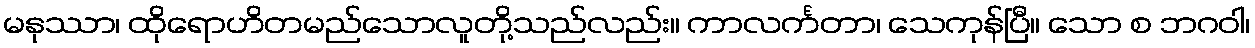
မနုဿာ၊ ထိုရောဟိတမည်သောလူတို့သည်လည်း။ ကာလင်္ကတာ၊ သေကုန်ပြီ။ သော စ ဘဂဝါ၊